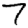
Digit: 7